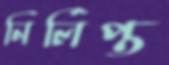
নির্লিপ্ত